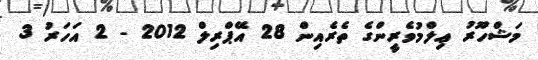
މަޝްހޫރު ޢިލްމުވެރީންގެ ތެރެއިން 28 އޭޕްރިލް 2012 - 2 އަހަރު 3